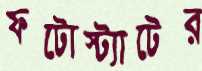
ফটোস্ট্যাটের